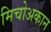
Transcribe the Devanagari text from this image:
मिचोअकान